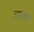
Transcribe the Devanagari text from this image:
लफ्फा